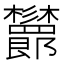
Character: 𣡨